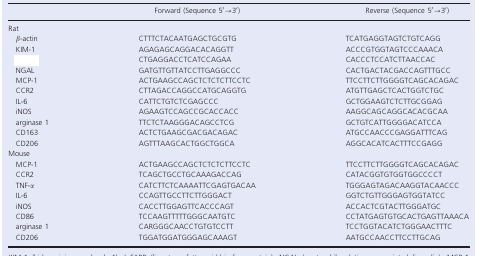
<table><thead><tr><td>[EMPTY_CELL]</td><td><b>Forward (Sequence 5′→3′)</b></td><td><b>Reverse (Sequence 5′→3′)</b></td></tr></thead><tbody><tr><td colspan="3">Rat</td></tr><tr><td><i>β</i>‐actin</td><td>CTTTCTACAATGAGCTGCGTG</td><td>TCATGAGGTAGTCTGTCAGG</td></tr><tr><td>KIM‐1</td><td>AGAGAGCAGGACACAGGTT</td><td>ACCCGTGGTAGTCCCAAACA</td></tr><tr><td>[EMPTY_CELL]</td><td>CTGAGGACCTCATCCAGAA</td><td>CACCCTCCATCTTAACCAC</td></tr><tr><td>NGAL</td><td>GATGTTGTTATCCTTGAGGCCC</td><td>CACTGACTACGACCAGTTTGCC</td></tr><tr><td>MCP‐1</td><td>ACTGAAGCCAGCTCTCTCTTCCTC</td><td>TTCCTTCTTGGGGTCAGCACAGAC</td></tr><tr><td>CCR2</td><td>CTTAGACCAGGCCATGCAGGTG</td><td>ATGTTGAGCTCACTGGTCTGC</td></tr><tr><td>IL‐6</td><td>CATTCTGTCTCGAGCCC</td><td>GCTGGAAGTCTCTTGCGGAG</td></tr><tr><td>iNOS</td><td>AGAAGTCCAGCCGCACCACC</td><td>AAGGCAGCAGGCACACGCAA</td></tr><tr><td>arginase 1</td><td>TTCTCTAAGGGACAGCCTCG</td><td>GCTGTCATTGGGGACATCCA</td></tr><tr><td>CD163</td><td>ACTCTGAAGCGACGACAGAC</td><td>ATGCCAACCCGAGGATTTCAG</td></tr><tr><td>CD206</td><td>AGTTTAAGCACTGGCTGGCA</td><td>AGGCACATCACTTTCCGAGG</td></tr><tr><td colspan="3">Mouse</td></tr><tr><td>MCP‐1</td><td>ACTGAAGCCAGCTCTCTCTTCCTC</td><td>TTCCTTCTTGGGGTCAGCACAGAC</td></tr><tr><td>CCR2</td><td>TCAGCTGCCTGCAAAGACCAG</td><td>CATACGGTGTGGTGGCCCCT</td></tr><tr><td>TNF‐<i>α</i></td><td>CATCTTCTCAAAATTCGAGTGACAA</td><td>TGGGAGTAGACAAGGTACAACCC</td></tr><tr><td>IL‐6</td><td>CCAGTTGCCTTCTTGGGACT</td><td>GGTCTGTTGGGAGTGGTATCC</td></tr><tr><td>iNOS</td><td>CACCTTGGAGTTCACCCAGT</td><td>ACCACTCGTACTTGGGATGC</td></tr><tr><td>CD86</td><td>TCCAAGTTTTTGGGCAATGTC</td><td>CCTATGAGTGTGCACTGAGTTAAACA</td></tr><tr><td>arginase 1</td><td>CARGGGCAACCTGTGTCCTT</td><td>TCCTGGTACATCTGGGAACTTTC</td></tr><tr><td>CD206</td><td>TGGATGGATGGGAGCAAAGT</td><td>AATGCCAACCTTCCTTGCAG</td></tr></tbody></table>